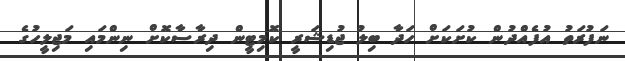
ނަފުރަތު އުފެއްދުން ކުށަކަށް ހަދާ ބިލު ޖުޑިޝަރީ ކޮމިޓީން ދިރާސާކޮށް ނިންމައި މަޖިލީހުގެ